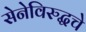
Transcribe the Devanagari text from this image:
सेनेविरुद्धचे